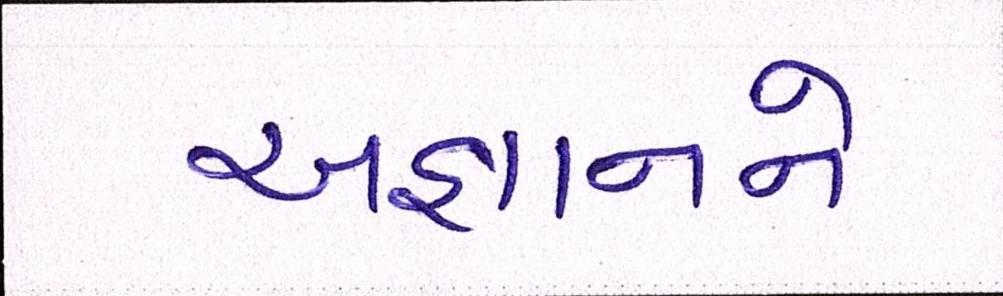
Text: અજ્ઞાનને